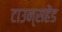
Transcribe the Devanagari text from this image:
टाउन्सहेंड